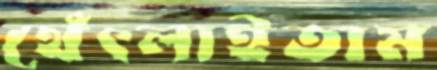
থেঁৎলাইতাম